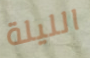
الليلة